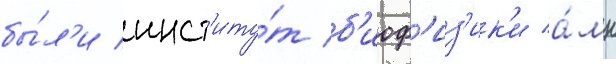
бы́л'и инст'иту́т б'иоф'из'ик'и а́мн